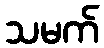
သမက်